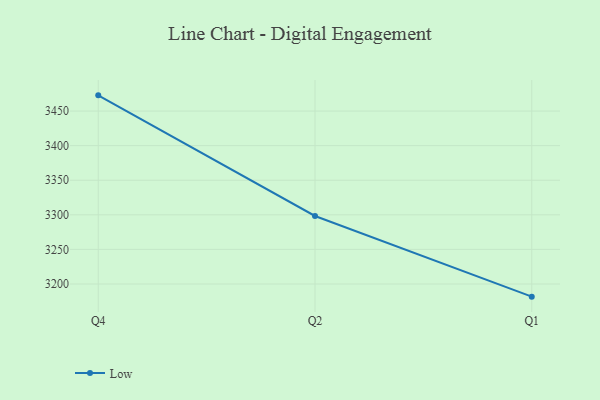
{"axis": {"x": "Quarter", "y": "Churn Rate (%)"}, "legend": ["Low"], "data": [{"x": "Q4", "y": 3472.7, "type": "Low"}, {"x": "Q2", "y": 3298.3, "type": "Low"}, {"x": "Q1", "y": 3181.7, "type": "Low"}]}